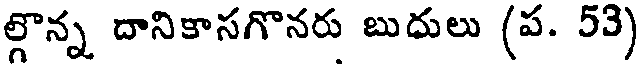
ల్గొన్న దానికాసగొనరు బుదులు (ప. 53)